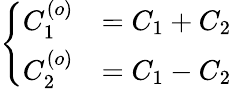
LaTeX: \left\{ \begin{array}{ll}{{C_{1}^{(o)}}}&{{=C_{1}+C_{2}}}\\ {{C_{2}^{(o)}}}&{{=C_{1}-C_{2}}}\end{array}\right.